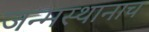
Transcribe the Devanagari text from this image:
जन्मस्थानाच